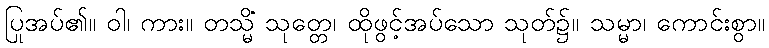
ပြုအပ်၏။ ဝါ၊ ကား။ တသ္မိံ သုတ္တေ၊ ထိုဖွင့်အပ်သော သုတ်၌။ သမ္မာ၊ ကောင်းစွာ။